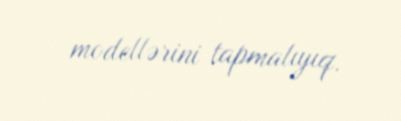
modellərini tapmalıyıq.